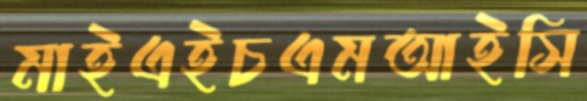
মাইএইচএমআইসি